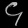
Digit: ၄